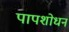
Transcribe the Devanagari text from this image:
पापशोधन